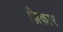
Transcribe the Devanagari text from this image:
ज़िकार